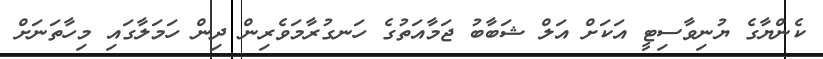
ކެންޔާގެ ޔުނިވާސިޓީ އަކަށް އަލް ޝަބާބު ޖަމާއަތުގެ ހަނގުރާމަވެރިން ދިން ހަމަލާގައި މިހާތަނަށް